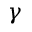
\gamma